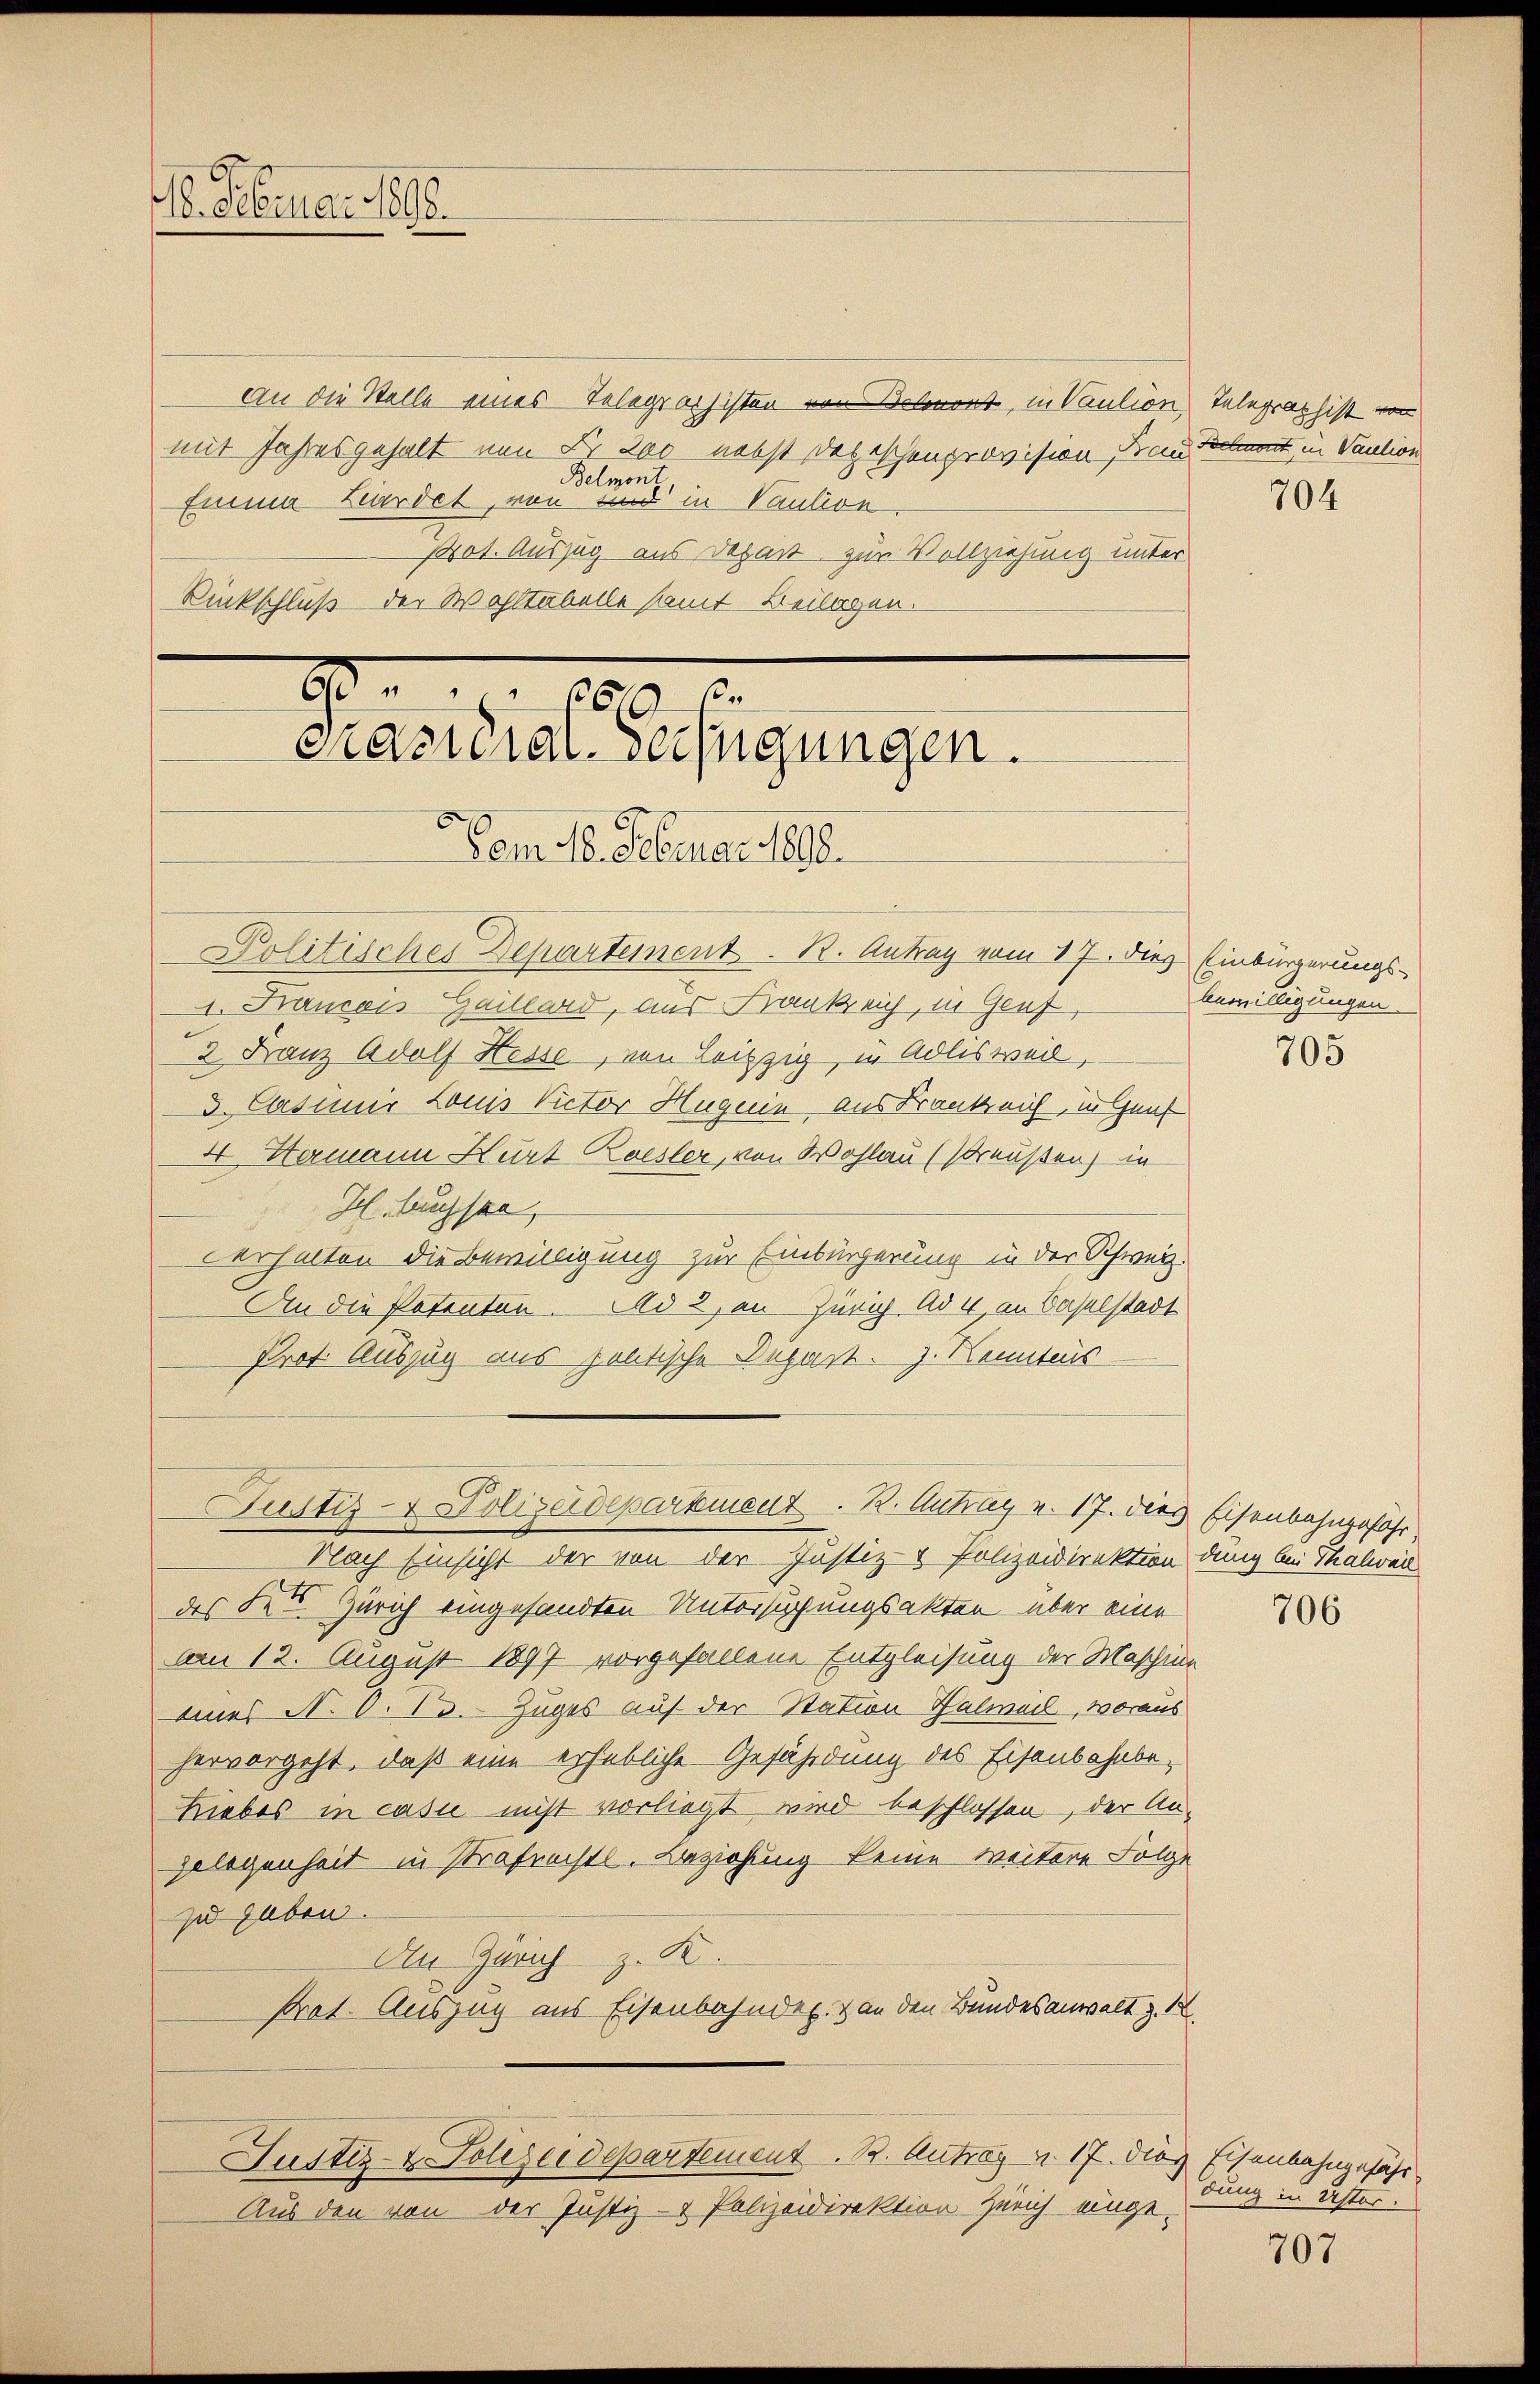
16. Februar 1898.

An die Stelle eines Telegraphisten von Sort, in Paulion, Telegraphist von
mit Jahresgehalt nun Fr. Leo nebst Depeschenprovision Frau deckt in Vaution
Belmont
Emma Hardet, von und in Vaution
Pot. Auszug aus Depart zur Vollziehung unter
Rückschluß der Wohltabelle samt Beilagen.

p. 100
Prazuiar-Verfügungen.

Justiz- & Polizeidepartement. 2. Aufay v. 17. dies Eisenbahngefähr

Vom 18. Februar 1890.
Politisches Departement. R. Antrag vom 17. dies Einbürgerungs-
1. Francen Haillard, aus Frank eich, in Genf,
2 Franz Adolf Hesse, von Leipzig, in Adlisweil,
3. Casimir Louis Rector Huguin, aus Krankreich, in Genf
4 Hermann Kurt Koesler, von Wohlau (Preußen) in
H. Buchsen
verhalten die Bewilligung zur Einbürgerung in der Schweiz.
An die Patenten. Ad 2, an Zürich. Ad 4, an Baselstadt
Prof. Auszug aus pentische Depart. J. Kenntens
Nach Einsicht der von der Justiz- & Polizeidirektion dung bei Thalweil
des der Zürich eingesandten Untersuchungsakten über eine
Am 12. August 1897 vorgefallene Entgleisung der Maschine
anes N. O. 13. Zuges auf der Station Halweil, woraus
hervorgeht, daß eine erhebliche Gefährdung des Eisenbahnbe-
Liebes in casu nicht vorliegt wird beschlossen, der An-
Gelegenheit in Strafrechtl. Beziehung keine weitere Folge
zu geben.
In Zürich z. K.
Prat. Auszug aus Eisenbahndep. & an den Bundesanwalt z.
Justiz- & Polizeidepartement. B. Antrag v. 17. dies Eisenbahngefähr
Aus den von der Justiz- & Polizeidirektion Zürich einge-

704

bewilligungen.

705

706

dung in Uster.

707